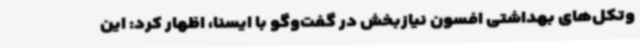
وتکل‌های بهداشتی افسون نیازبخش در گفت‌وگو با ایسنا، اظهار کرد: این